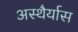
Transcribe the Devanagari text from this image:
अस्थैर्यास